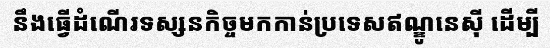
នឹងធ្វើដំណើរទស្សនកិច្ចមកកាន់ប្រទេសឥណ្ឌូនេស៊ី ដើម្បី